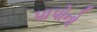
પાપોનો